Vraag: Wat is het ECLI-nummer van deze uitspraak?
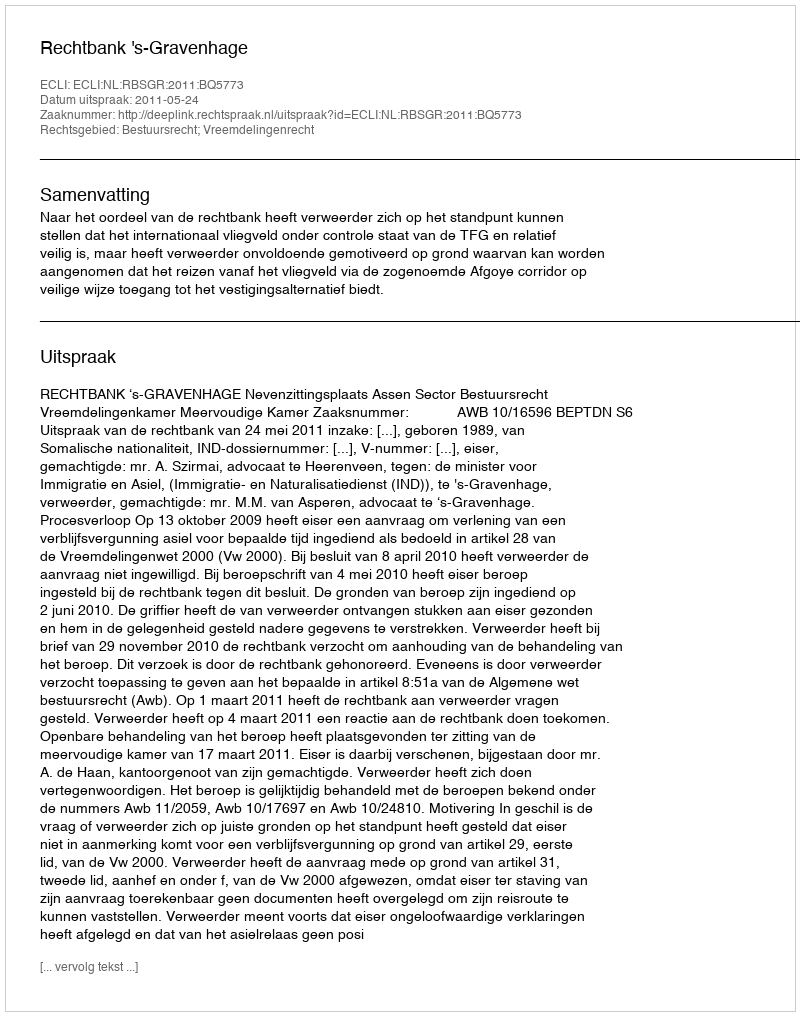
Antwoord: ECLI:NL:RBSGR:2011:BQ5773